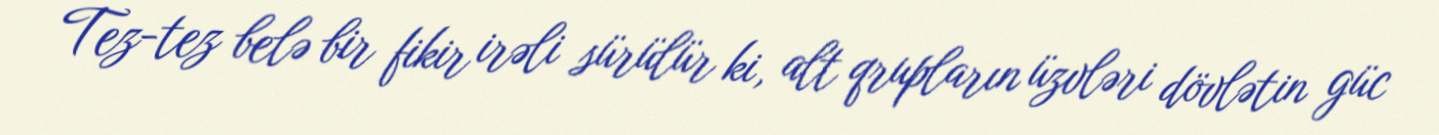
Tez-tez belə bir fikir irəli sürülür ki, alt qrupların üzvləri dövlətin güc